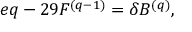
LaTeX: e q - 2 9 F ^ { ( q - 1 ) } = \delta B ^ { ( q ) } ,